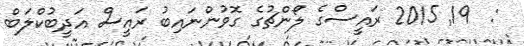
:  19